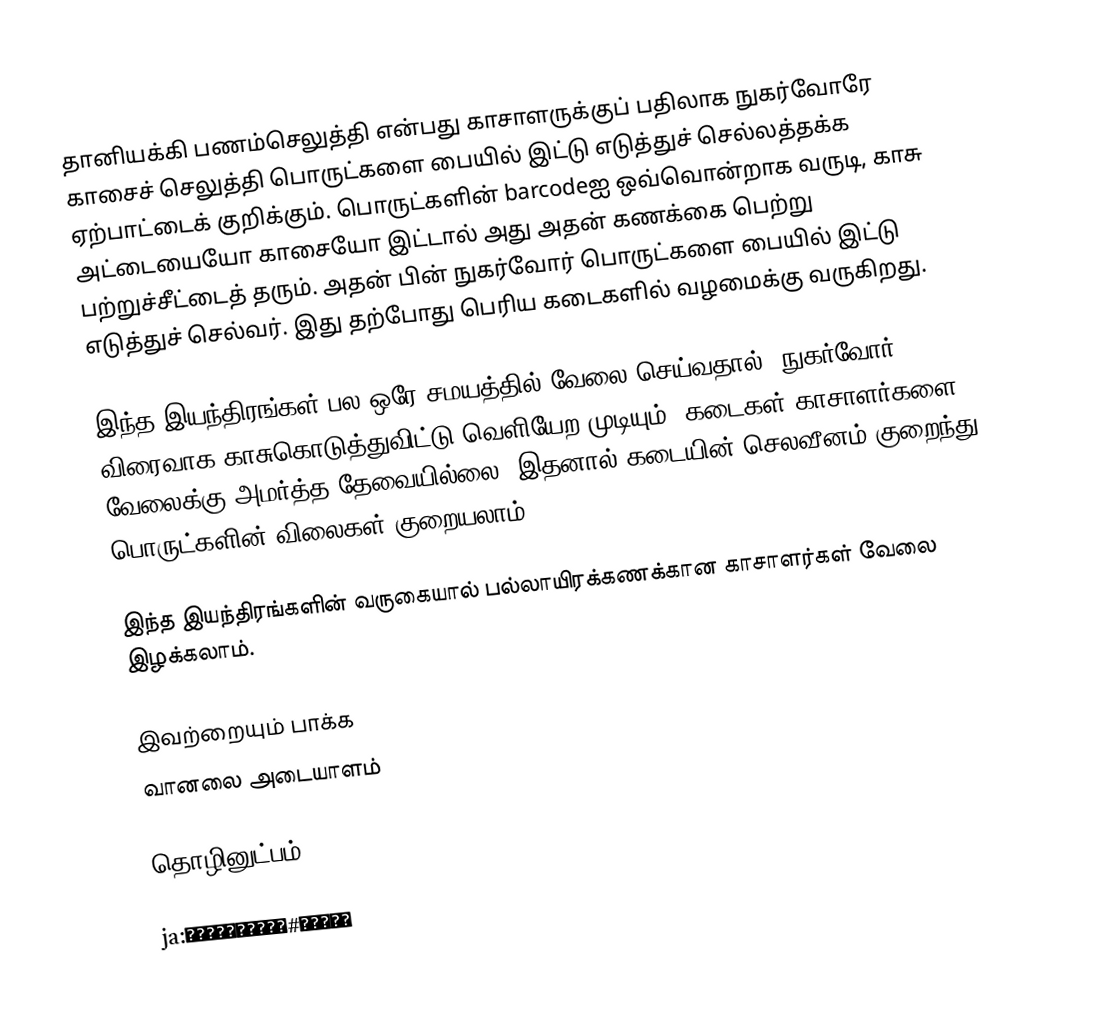
தானியக்கி பணம்செலுத்தி என்பது காசாளருக்குப் பதிலாக நுகர்வோரே காசைச் செலுத்தி பொருட்களை பையில் இட்டு எடுத்துச் செல்லத்தக்க ஏற்பாட்டைக் குறிக்கும். பொருட்களின் barcodeஐ ஒவ்வொன்றாக வருடி, காசு அட்டையையோ காசையோ இட்டால் அது அதன் கணக்கை பெற்று பற்றுச்சீட்டைத் தரும். அதன் பின் நுகர்வோர் பொருட்களை பையில் இட்டு எடுத்துச் செல்வர். இது தற்போது பெரிய கடைகளில் வழமைக்கு வருகிறது.

இந்த இயந்திரங்கள் பல ஒரே சமயத்தில் வேலை செய்வதால், நுகர்வோர் விரைவாக காசுகொடுத்துவிட்டு வெளியேற முடியும். கடைகள் காசாளர்களை வேலைக்கு அமர்த்த தேவையில்லை. இதனால் கடையின் செலவீனம் குறைந்து பொருட்களின் விலைகள் குறையலாம்.

இந்த இயந்திரங்களின் வருகையால் பல்லாயிரக்கணக்கான காசாளர்கள் வேலை இழக்கலாம்.

இவற்றையும் பாக்க
 வானலை அடையாளம்

தொழினுட்பம்

ja:キャッシュレジスター#特殊なレジ